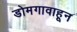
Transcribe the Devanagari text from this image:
डोमगावाहून